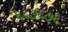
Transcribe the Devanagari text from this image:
६६७६७६